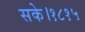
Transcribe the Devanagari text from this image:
सके।१८१५